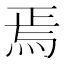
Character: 焉